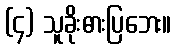
(၄) သူခိုးဓားပြဘေး။